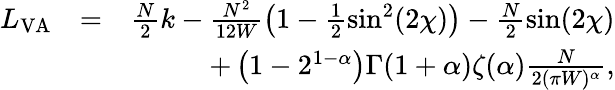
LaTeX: \begin{array}{rlr}{L_{\mathrm{VA}}}&{=}&{\frac{N}{2}k-\frac{N^{2}}{12W}\left(1-\frac{1}{2}\sin^{2}(2\chi)\right)-\frac{N}{2}\sin(2\chi)}\\ &{}&{+\left(1-2^{1-\alpha}\right)\Gamma(1+\alpha)\zeta(\alpha)\frac{N}{2(\pi W)^{\alpha}},}\end{array}